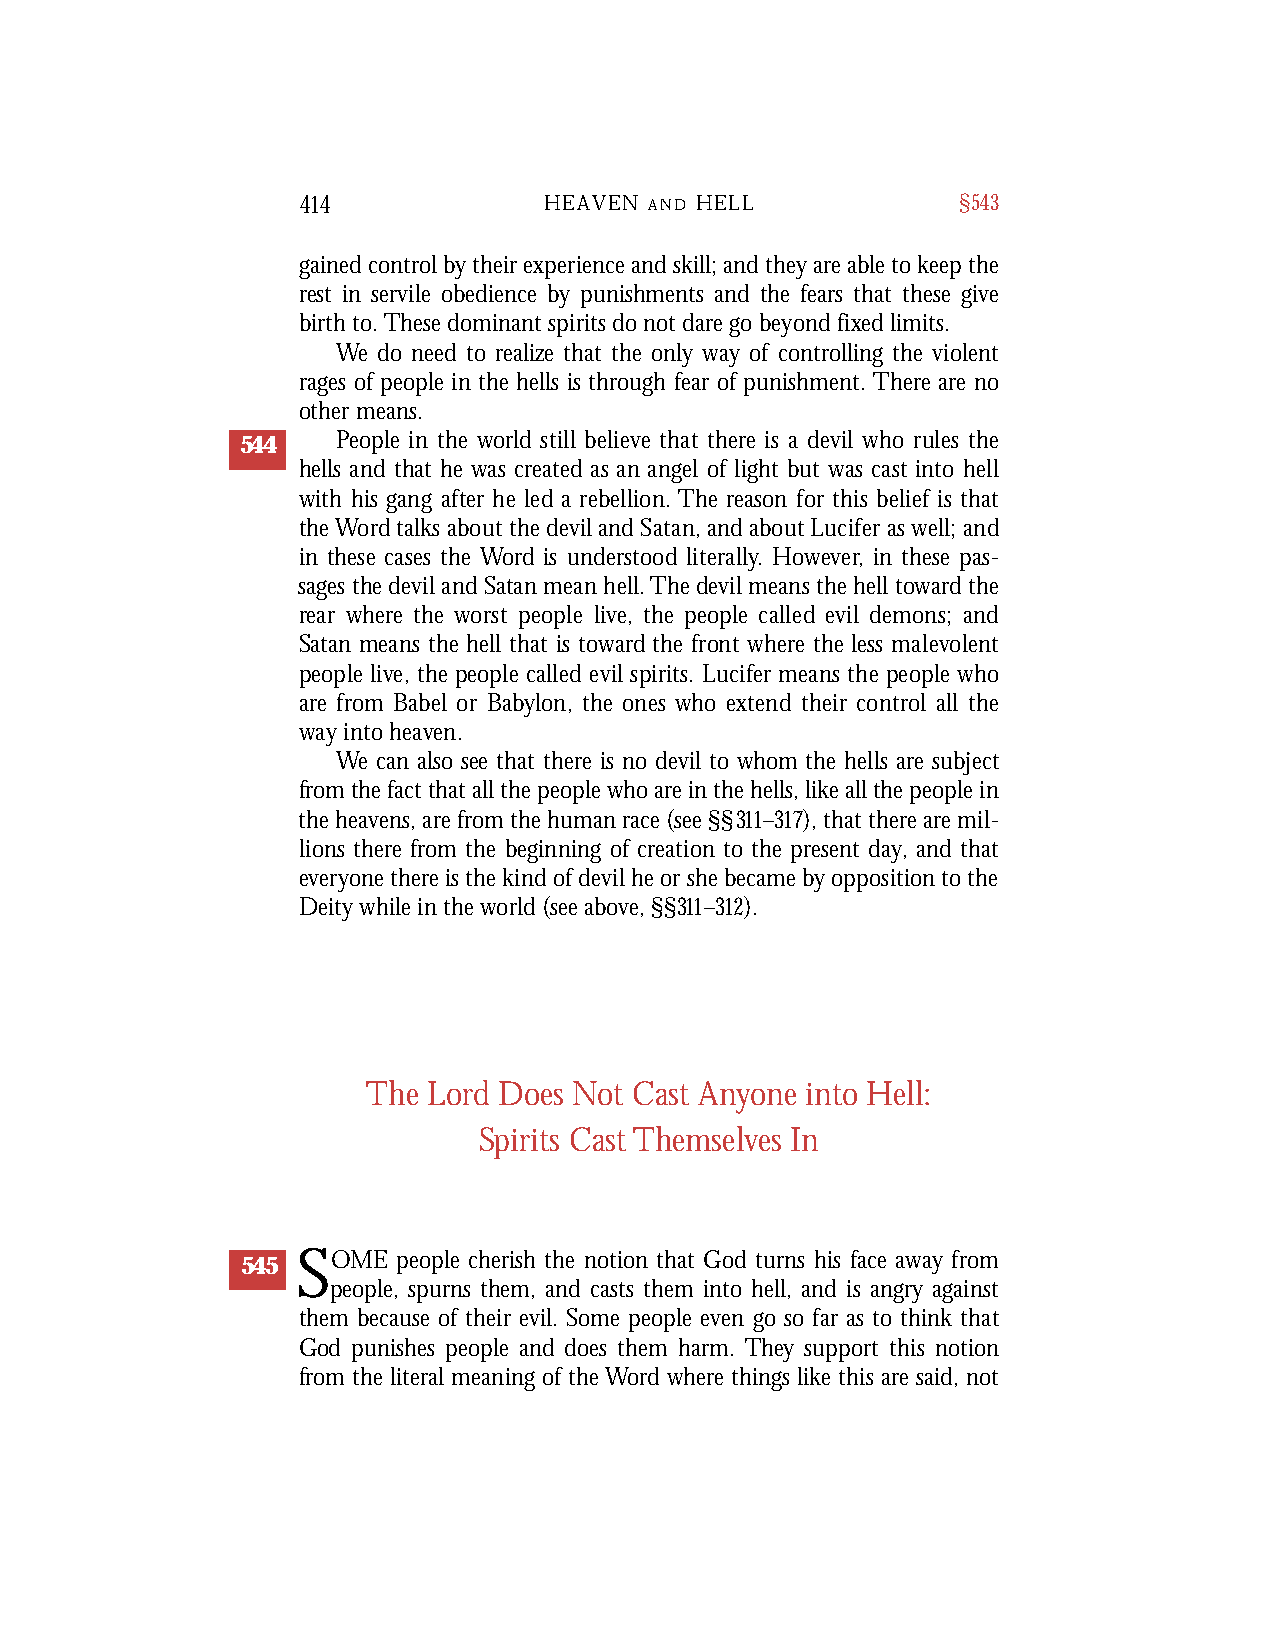
414             HEAVEN A N D H E L L        §543
 gained control by their experience and skill; and they are able to keep the
 rest in servile obedience by punishments and the fears that these give
 birth to. These dominant spirits do not dare go beyond fixed limits.
 We do need to realize that the only way of controlling the violent
 rages of people in the hells is through fear of punishment. There are no
 other means.
 544   People in the world still believe that there is a devil who rules the
 hells and that he was created as an angel of light but was cast into hell
 with his gang after he led a rebellion. The reason for this belief is that
 the Wo rd talks about the devil and Satan, and about Lucifer as well; and
 in these cases the Wo rd is understood literally. Howe ve r, in these pas-
 sages the devil and Satan mean hell. The devil means the hell tow a rd the
 rear where the worst people live, the people called evil demons; and
 Satan means the hell that is tow a rd the front where the less malevo l e n t
 people live, the people called evil spirits. Lucifer means the people who
 a re from Babel or Ba bylon, the ones who extend their control all the
 way into heave n .
 We can also see that there is no devil to whom the hells are subject
 from the fact that all the people who are in the hells, like all the people in
 the heavens, are from the human race (see §§311–317), that there are mil-
 lions there from the beginning of creation to the present day, and that
 everyone there is the kind of devil he or she became by opposition to the
 Deity while in the world (see above, §§311–312).
 The Lord Does Not Cast Anyone into Hell:
 Spirits Cast Themselves In
 545 SOME  people cherish the notion that God turns his face away from
 people, spurns them, and casts them into hell, and is angry against
 them because of their evil. Some people even go so far as to think that
 God punishes people and does them harm. They support this notion
 from the literal meaning of the Word where things like this are said, not